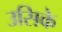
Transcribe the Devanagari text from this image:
उसिके